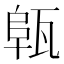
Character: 𤭟